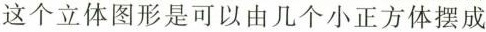
这个立体图形是可以由几个小正方体摆成